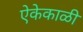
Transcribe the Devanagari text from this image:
ऐकेकाळी